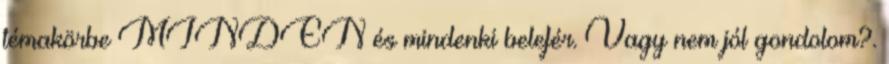
témakörbe MINDEN és mindenki belefér. Vagy nem jól gondolom?.